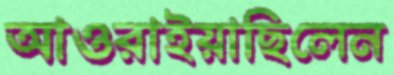
আওরাইয়াছিলেন